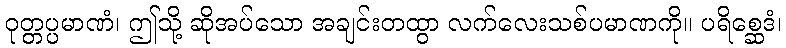
ဝုတ္တပ္ပမာဏံ၊ ဤသို့ ဆိုအပ်သော အချင်းတထွာ လက်လေးသစ်ပမာဏကို။ ပရိစ္ဆေဒံ၊